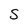
Character: S